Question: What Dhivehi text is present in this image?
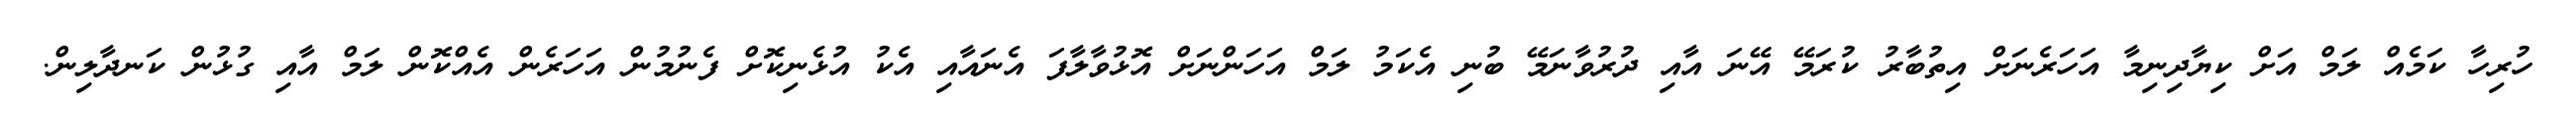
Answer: ހުރިހާ ކަމެއް ލަމް އަށް ކިޔާދިނިމާ އަހަރެނަށް އިތުބާރު ކުރަމޭ އޭނަ އާއި ދުރުވާނަމޭ ބުނި އެކަމު ލަމް އަހަންނަށް އޮޅުވާލާފަ އެނައާއި އެކު އުޅެނިކޮށް ފެނުމުން އަހަރެން އެއްކޮން ލަމް އާއި ގުޅުން ކަނދާލިން.